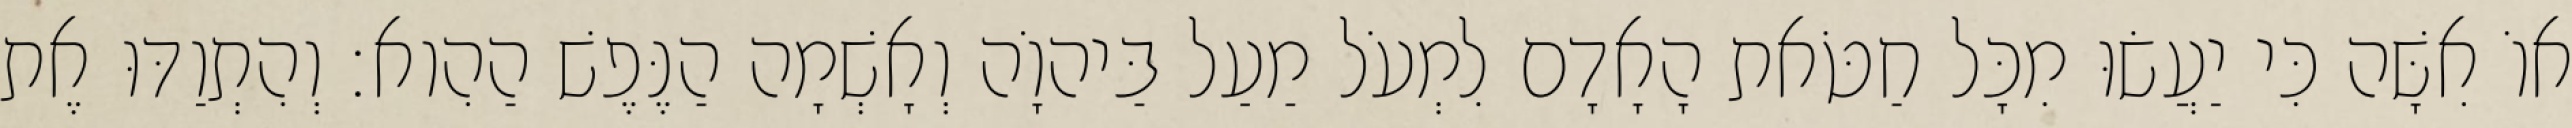
אוֹ אִשָּׁה כִּי יַעֲשׂוּ מִכָּל חַטֹּאת הָאָדָם לִמְעֹל מַעַל בַּיהוָֹה וְאָשְׁמָה הַנֶּפֶשׁ הַהִוא׃ וְהִתְוַדּוּ אֶת